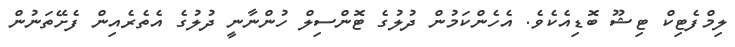
ލިމްފެޓިކް ޓިޝޫ ބޮޑިއެކެވެ. އެހެންކަމުން ދުލުގެ ޓޮންސިލް ހުންނާނީ ދުލުގެ އެތެރެއިން ފެށޭތަނުން